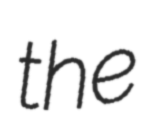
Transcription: the